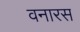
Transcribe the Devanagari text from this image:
वनारस